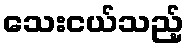
သေးငယ်သည့်